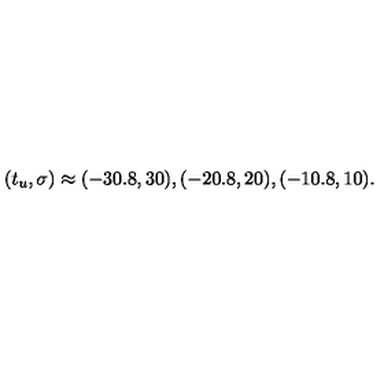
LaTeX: ( t _ { u } , \sigma ) \approx ( - 3 0 . 8 , 3 0 ) , ( - 2 0 . 8 , 2 0 ) , ( - 1 0 . 8 , 1 0 ) .